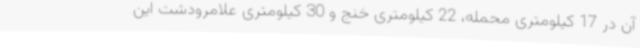
آن در 17 کیلومتری محمله، 22 کیلومتری خنج و 30 کیلومتری علامرودشت این